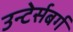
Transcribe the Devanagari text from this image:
उन्टेर्सबर्ग